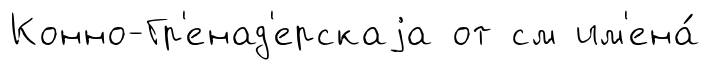
Конно-Гр'енад'ерскаjа от см им'ена́